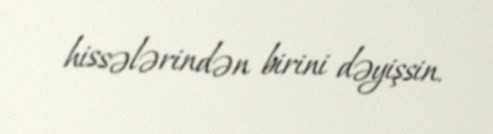
hissələrindən birini dəyişsin.